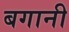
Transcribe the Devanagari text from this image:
बगानी